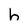
Character: h